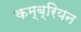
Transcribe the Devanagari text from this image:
कम्ब्रियन